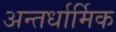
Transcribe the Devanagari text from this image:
अन्तर्धार्मिक